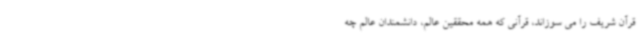
قرآن شریف را می سوزاند، قرآنی که همه محققین عالم، دانشمندان عالم چه